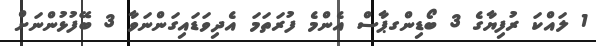
1 ލައްކަ ރުފިޔާގެ 3 ބޯޑިންގޕާސް އެންމެ ފުރަތަމަ އެދިވަޑައިގަންނަވާ 3 ބޭފުޅުންނަށް